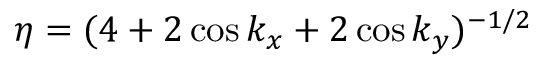
\eta = ( 4 + 2 \cos { k _ { x } } + 2 \cos { k _ { y } } ) ^ { - 1 / 2 }